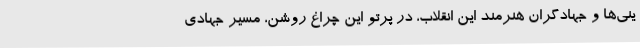
ینی‌ها و جهادگران هنرمند این انقلاب، در پرتو این چراغ روشن، مسیر جهادی